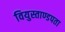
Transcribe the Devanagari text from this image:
वियुस्ताण्डपता